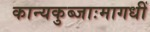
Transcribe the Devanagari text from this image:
कान्यकुब्जाःमागधीं